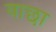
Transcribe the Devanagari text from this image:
वाछा